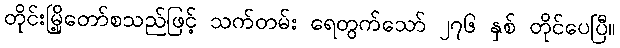
တိုင်းမြို့တော်စသည်ဖြင့် သက်တမ်း ရေတွက်သော် ၂၇၆ နှစ် တိုင်ပေပြီ။